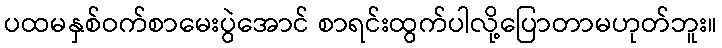
ပထမနှစ်ဝက်စာမေးပွဲအောင် စာရင်းထွက်ပါလို့ပြောတာမဟုတ်ဘူး။